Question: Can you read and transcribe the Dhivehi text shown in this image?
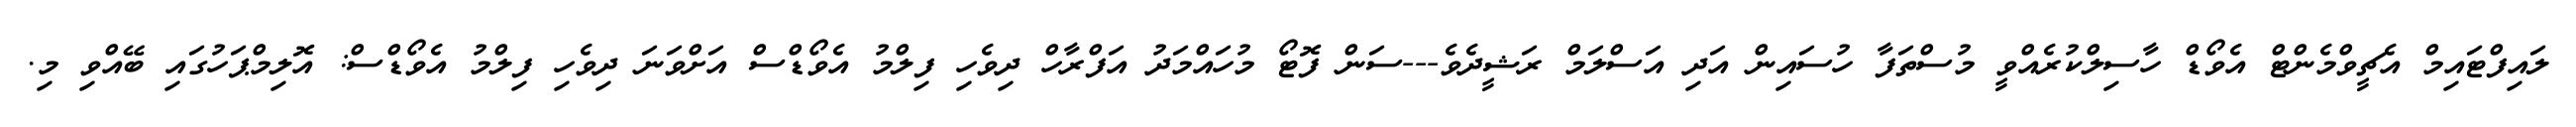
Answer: ލައިފްޓައިމް އެޗީވްމެންޓް އެވޯޑް ހާސިލްކުރެއްވީ މުސްތަފާ ހުސައިން އަދި އަސްލަމް ރަޝީދެވެ---ސަން ފޮޓޯ މުހައްމަދު އަފްރާހް ދިވެހި ފިލްމު އެވޯޑްސް އަށްވަނަ ދިވެހި ފިލްމު އެވޯޑްސް: އޮލިމްޕަހުގައި ބޭއްވި މި.